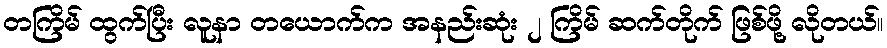
တကြိမ် ထွက်ပြီး လူနာ တယောက်က အနည်းဆုံး ၂ ကြိမ် ဆက်တိုက် ဖြစ်ဖို့ လိုတယ်။